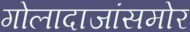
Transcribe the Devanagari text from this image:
गोलादाजांसमोर